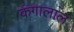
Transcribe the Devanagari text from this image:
कंगालाल